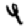
Digit: 4